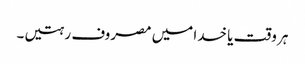
ہر وقت یا خدا میں مصروف رہتیں۔